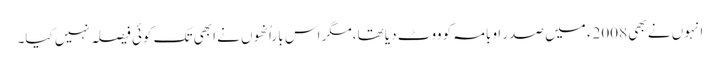
انہوں نے بھی 2008ء میں صدر اوبامہ کو ووٹ دیا تھا،مگر اس با راُنھوں نے ابھی تک کوئی فیصلہ نہیں کیا۔